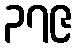
၃၇၉